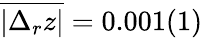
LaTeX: \overline{{|\Delta_{r}z|}}=0.001(1)